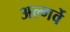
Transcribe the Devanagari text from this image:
अल्गर्वे